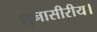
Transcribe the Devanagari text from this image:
शुनासीरीय।